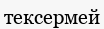
тексермей